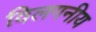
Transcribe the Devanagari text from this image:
विलगनीय